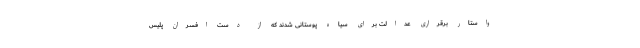
واستار برقراری عدالت برای سیاه پوستانی شدند که از دست افسران پلیس